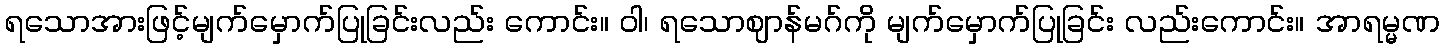
ရသောအားဖြင့်မျက်မှောက်ပြုခြင်းလည်း ကောင်း။ ဝါ၊ ရသောဈာန်မဂ်ကို မျက်မှောက်ပြုခြင်း လည်းကောင်း။ အာရမ္မဏ